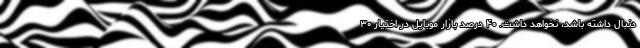
دنبال داشته باشد،‌ نخواهد داشت. ۴۰ درصد بازار موبایل در اختیار ۳۰